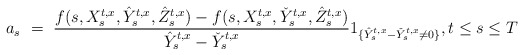
\begin{align*}a_s \ = \ \frac{f(s,X_s^{t,x},\hat Y_s^{t,x},\hat Z_s^{t,x})-f(s,X_s^{t,x},\check Y_s^{t,x},\hat Z_s^{t,x})}{\hat Y_s^{t,x}-\check Y_s^{t,x}}1_{\{\hat Y_s^{t,x}-\check Y_s^{t,x}\neq0\}}, t \leq s \leq T\end{align*}